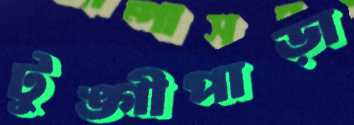
টুঙ্গীপাড়া